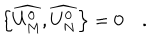
LaTeX: \left\{ \widehat { U _ { M } ^ { 0 } } , \widehat { U _ { N } ^ { 0 } } \right\} = 0 \quad .